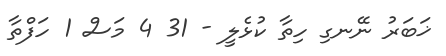
ޚަބަރު ނޭނގި ހިތާ ކުޅެލީ - 31 4 މަސް 1 ހަފްތާ